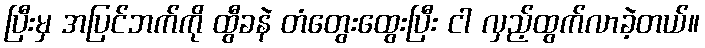
ပြီးမှ အပြင်ဘက်ကို ထွီခနဲ တံတွေးထွေးပြီး ငါ လှည့်ထွက်လာခဲ့တယ်။